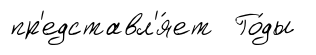
пр'едставл'я́ет Го́ды